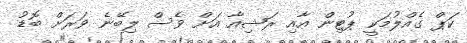
ކަޕް ގެއްލުމަކީ ޕުޓިން އާއި ރަޝިއާ އަށް ވެސް ލިބޭނެ ވަރަށް ބޮޑު